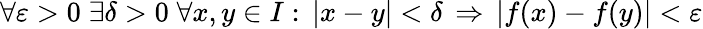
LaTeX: \forall\varepsilon>0\; \exists\delta>0\; \forall x,y\in I:\, |x-y|<\delta\, \Rightarrow\, |f(x)-f(y)|<\varepsilon